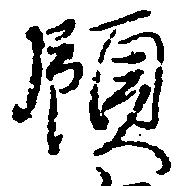
領